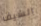
السيف